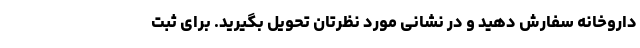
داروخانه سفارش دهید و در نشانی مورد نظرتان تحویل بگیرید. برای ثبت